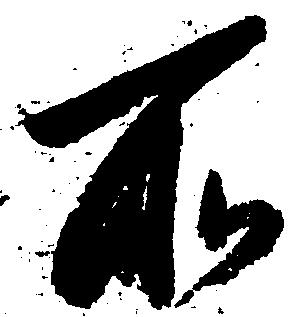
所